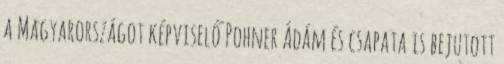
a Magyarországot képviselő Pohner Ádám és csapata is bejutott